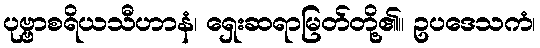
ပုဗ္ဗာစရိယသီဟာနံ၊ ရှေးဆရာမြတ်တို့၏။ ဥပဒေသကံ၊